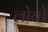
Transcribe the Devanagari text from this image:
लोयो